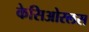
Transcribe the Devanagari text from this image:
केसिओरलस